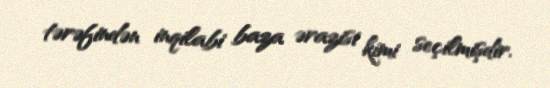
tərəfindən inqilabi baza ərazisi kimi seçilmişdir.